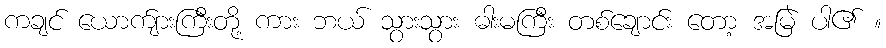
ကချင် ယောက်ျားကြီးတို့ ကား ဘယ် သွားသွား ဓါးမကြီး တစ်ချောင်း တော့ အမြဲ ပါ၏ ။